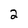
Character: 2